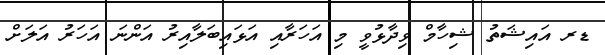
ޑރ އައިޝަތު ޝިހާމް ވިދާޅުވީ މި އަހަރާއި އަޅައިބަލާއިރު އަންނަ އަހަރު އަލަށް